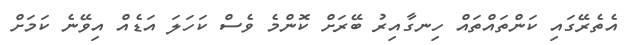
އެތެރޭގައި ކަންތައްތައް ހިނގާއިރު ބޭރަށް ކޮންމެ ވެސް ކަހަލަ އަޑެއް އިވޭނެ ކަމަށް